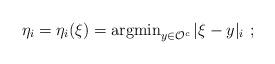
LaTeX: \begin{align*} \eta_i = \eta_i(\xi) = \operatorname{argmin}_{y \in \mathcal{O}^c} |\xi-y|_i~;\end{align*}